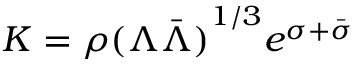
K = \rho { ( \Lambda \bar { \Lambda } ) } ^ { 1 / 3 } e ^ { \sigma + \bar { \sigma } }